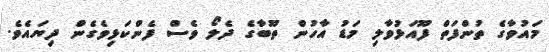
މައުވާގެ ތުންފަތް ފޫއަޅުވާލި މަޑު އާހުން ތޫބާގެ ދެލޯ ވެސް ފެންކަޅިވެގެން ދިޔައެވެ.